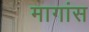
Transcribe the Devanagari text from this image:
मागांस